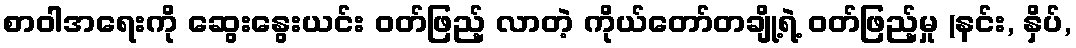
စာဝါအရေးကို ဆွေးနွေးယင်း ဝတ်ဖြည့် လာတဲ့ ကိုယ်တော်တချို့ရဲ့ ဝတ်ဖြည့်မှု (နင်း, နှိပ်,